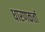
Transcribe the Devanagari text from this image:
धारणकर्ता